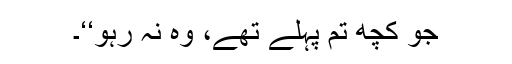
جو کچھ تم پہلے تھے، وہ نہ رہو‘‘۔